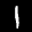
Label: 1